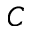
C